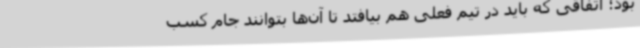
بود؛ اتفاقی که باید در تیم فعلی هم بیافتد تا آن‌ها بتوانند جام کسب